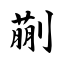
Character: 蒯